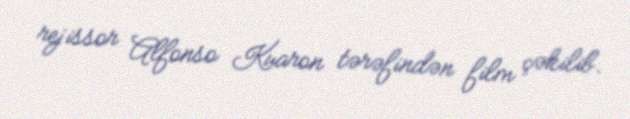
rejissor Alfonso Kuaron tərəfindən film çəkilib.